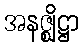
အနဇ္ဈိဋ္ဌာ